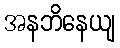
အနဘိနေယျ